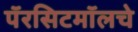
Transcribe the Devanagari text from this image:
पॅरसिटमॉलचे